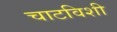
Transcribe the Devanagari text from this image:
चाटविशी